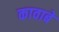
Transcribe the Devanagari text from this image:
कावाबे